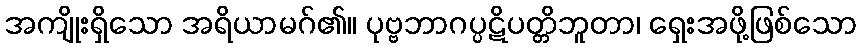
အကျိုးရှိသော အရိယာမဂ်၏။ ပုဗ္ဗဘာဂပ္ပဋိပတ္တိဘူတာ၊ ရှေးအဖို့ဖြစ်သော